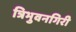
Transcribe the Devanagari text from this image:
त्रिभुवनगिरी